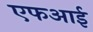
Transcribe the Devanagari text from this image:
एफआई